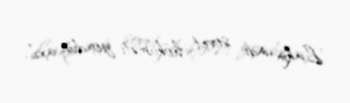
Lakin indi sovet hökuməti yoxdur axı”.